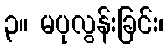
၃။ မပုလွန်းခြင်း၊